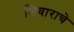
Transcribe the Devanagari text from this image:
शिवाराचे